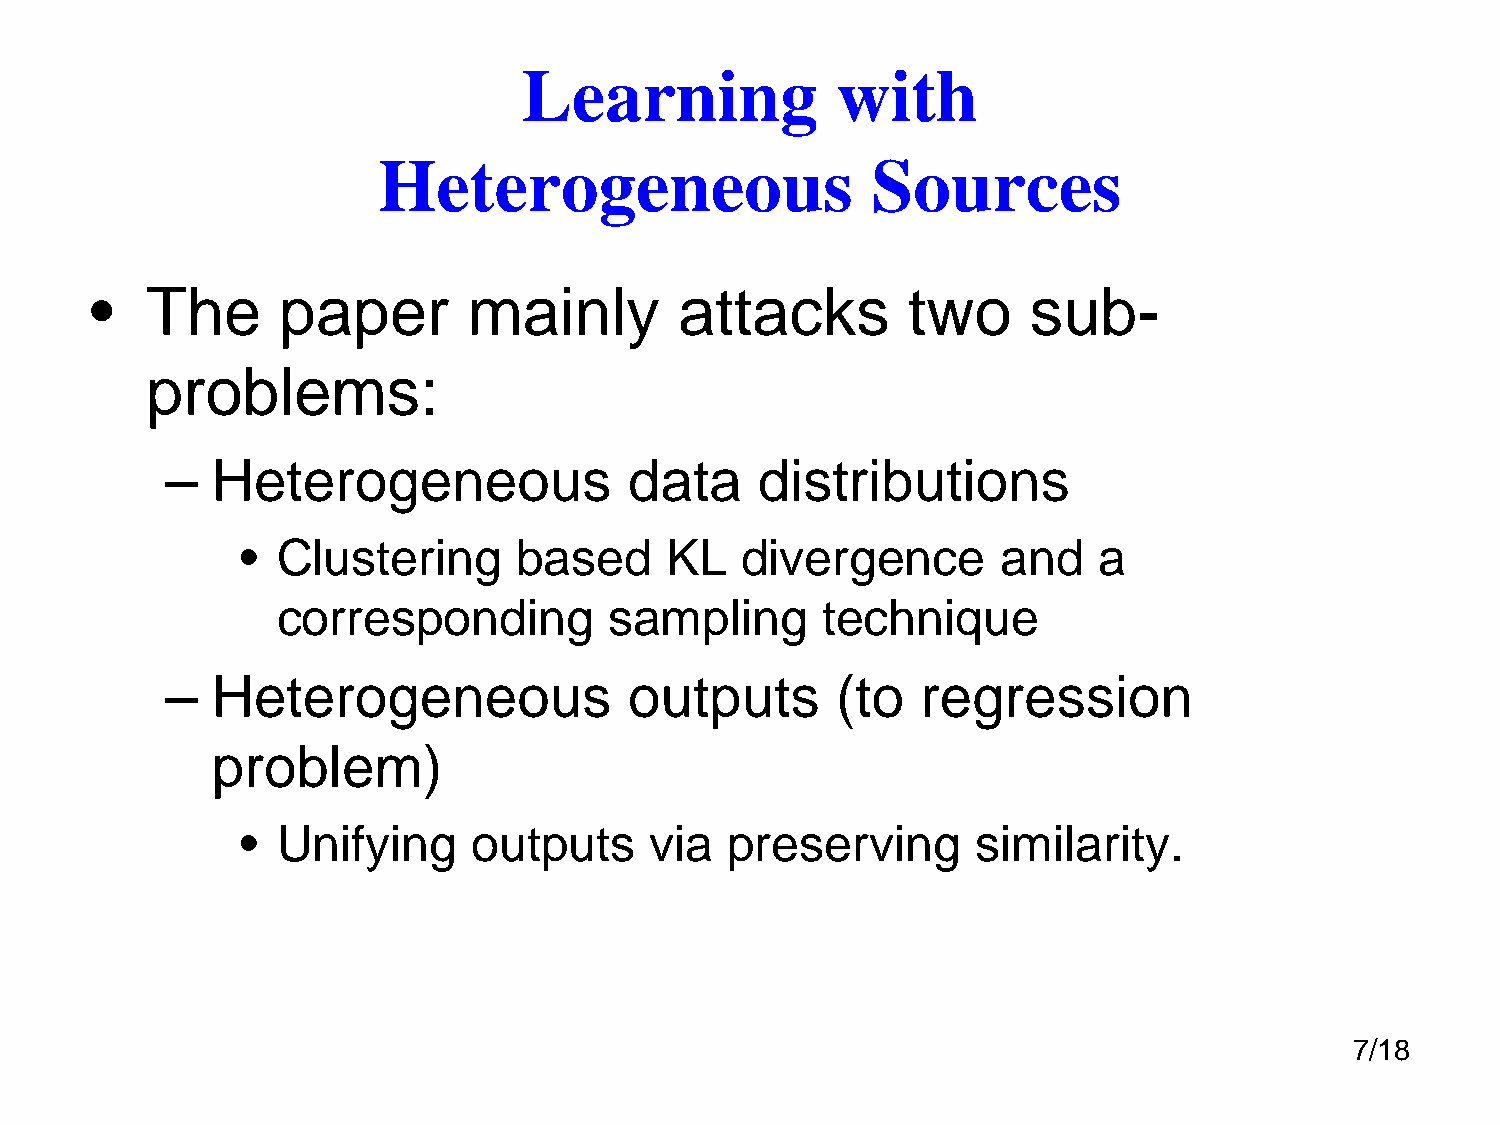
Learning            with
 Heterogeneous                    Sources
 •   The     paper        mainly        attacks        two     sub-
 problems:
 –  Heterogeneous               data    distributions
 • Clustering      based     KL   divergence       and    a
 corresponding         sampling      technique
 –  Heterogeneous               outputs      (to   regression
 problem)
 • Unifying     outputs     via  preserving       similarity.
 7/18